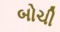
બોચી